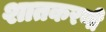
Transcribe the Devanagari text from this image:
शातकरणी